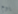
يوم